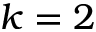
k = 2